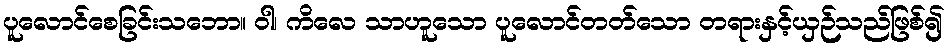
ပူလောင်စေခြင်းသဘော။ ဝါ၊ ကိလေ သာဟူသော ပူလောင်တတ်သော တရားနှင့်ယှဉ်သည်ဖြစ်၍